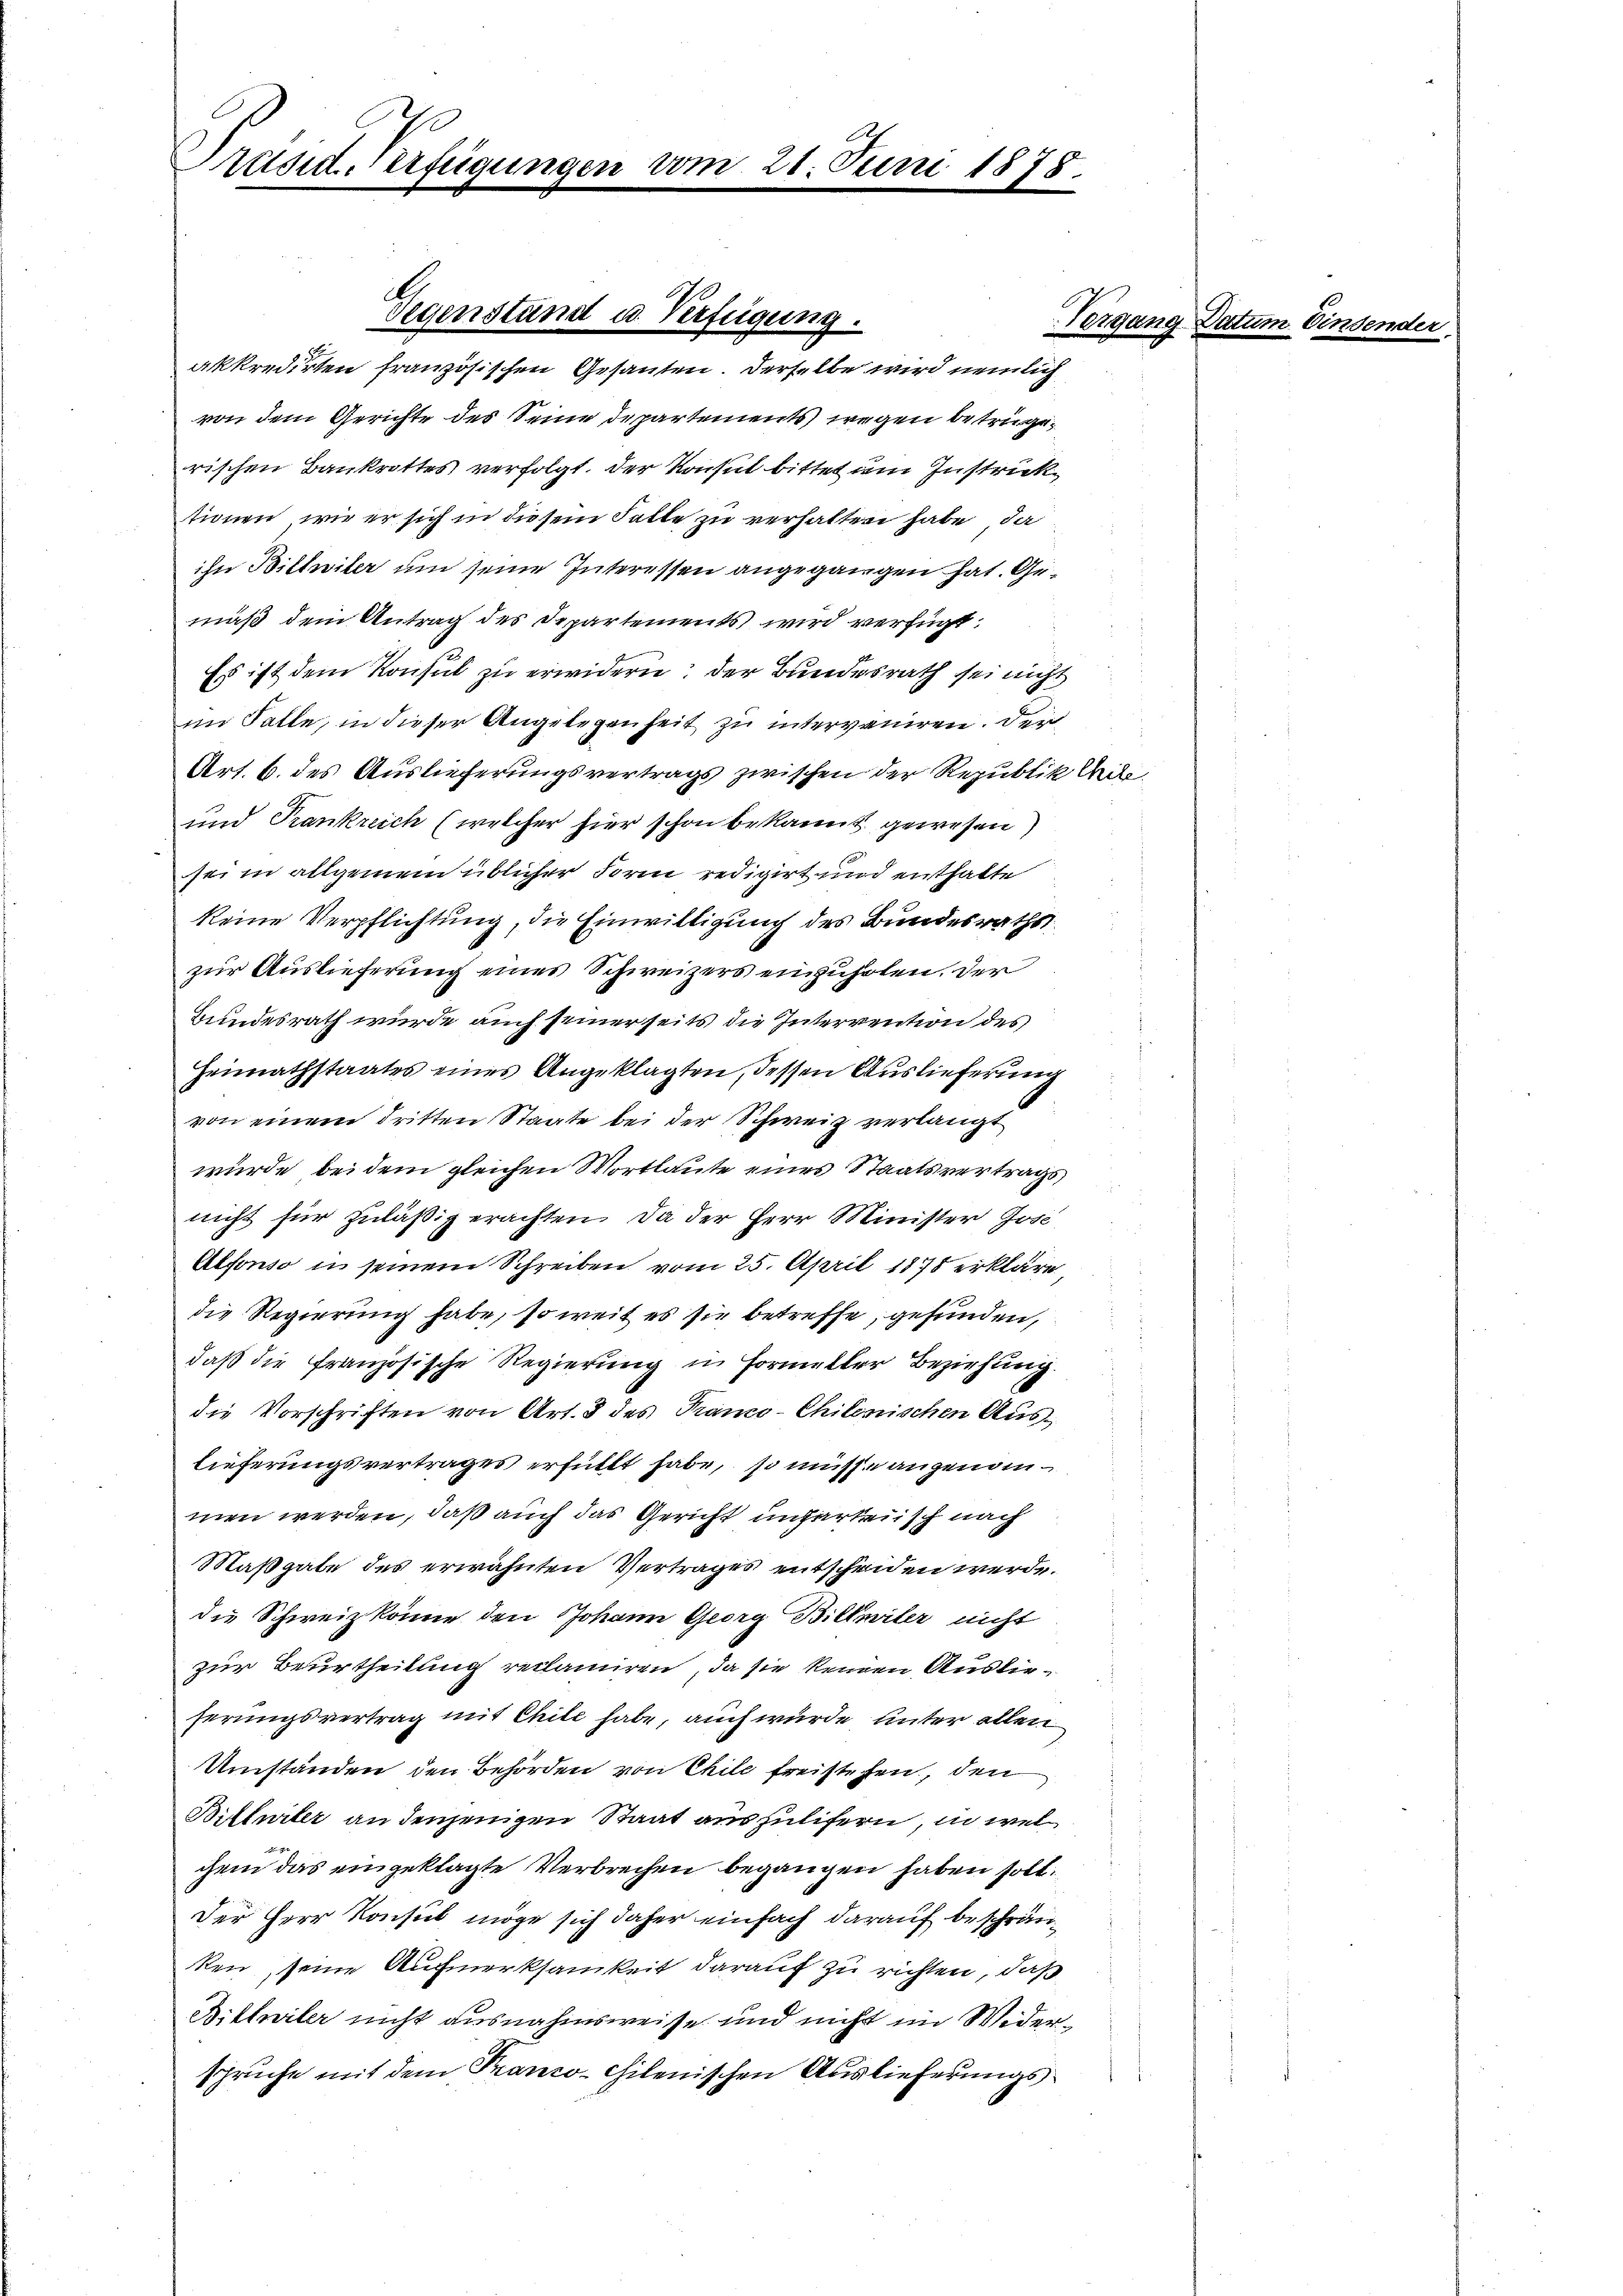
räsid. Verfügungen vom 21. Juni 1878.

von dem Gerichte des Seine Departements) wegen betrügerischen Bankrottes verfolgt. Der Konsul bittet um Instricktionen, wie er sich in diesem Falle zu verhalten habe, da
ihn Billwiler um seine Interessen angegangen hat. Gemäß dem Antrag des Departements wird verfügt:
Es ist dem Konsul zu erwidern: der Bundesrath sei nicht
im Falle, in dieser Angelegenheit zu interveniren. Der
Art. 6. des Auslieferungsvertrags zwischen der Republik led
und Trankreich (welcher hier schon bekannt gewesen)
sei in allgemein üblicher Form redigirt und enthalte
keine Verpflichtung, die Einwilligung des Bundesraths
zur Auslieferung eines Schweizers einzuholen. Der
Bundesrath würde auch seinerseits die Intervention des
Heimathstaates eines Angeklagten, dessen Auslieferung
von einem dritten Staate bei der Schweiz verlangt
würde, bei dem gleichen Wortlaute eines Staatsvertrags
nicht für zuläßig erachten. Da der Herr Minister Jose
Alfonso in seinem Schreiben vom 25. April 1878 erkläre
die Regierung habe, so weit es sie betreffe, gefunden,
daß die französische Regierung in Formeller Beziehung.
die Vorschriften von Art. 8 des Tranco-Chilenischen Auslieferungsvertrages erfüllt habe, so müsse angenommen werden, daß auch das Gericht ungarteiisch nach
Maßgabe des erwähnten Vertrages entscheiden werde.
die Schweiz könne den Johann Georg Billmiler nicht
zur Beurtheilung reclamiren, da sie keinen Auslieferungsvertrag mit Chile habe, auch wurde unter allen
Umständen den Behörden von Chile freistehen, den
Billniter an denjenigen Staat auszulifern, in wel
chem das eingeklagte Verbrechen begangen haben soll
Der Herr Konsul möge sich daher einfach darauf beschränken seine Aufmerksamkeit darauf zu richten, daß
Bitteiler nicht ausnahmsweise und nicht im Widerspruche mit dem Franco-chilenischen Auslieferungs¬

Gegenständ u. Verfügung.
akkredirten französischen Gesanten. Derselbe wird nemlich

en